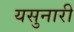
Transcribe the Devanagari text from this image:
यसुनारी